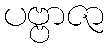
ပဗ္ဗာဇာ